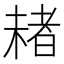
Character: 𣗓